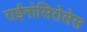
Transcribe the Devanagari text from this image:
राईनोसिरोसेस